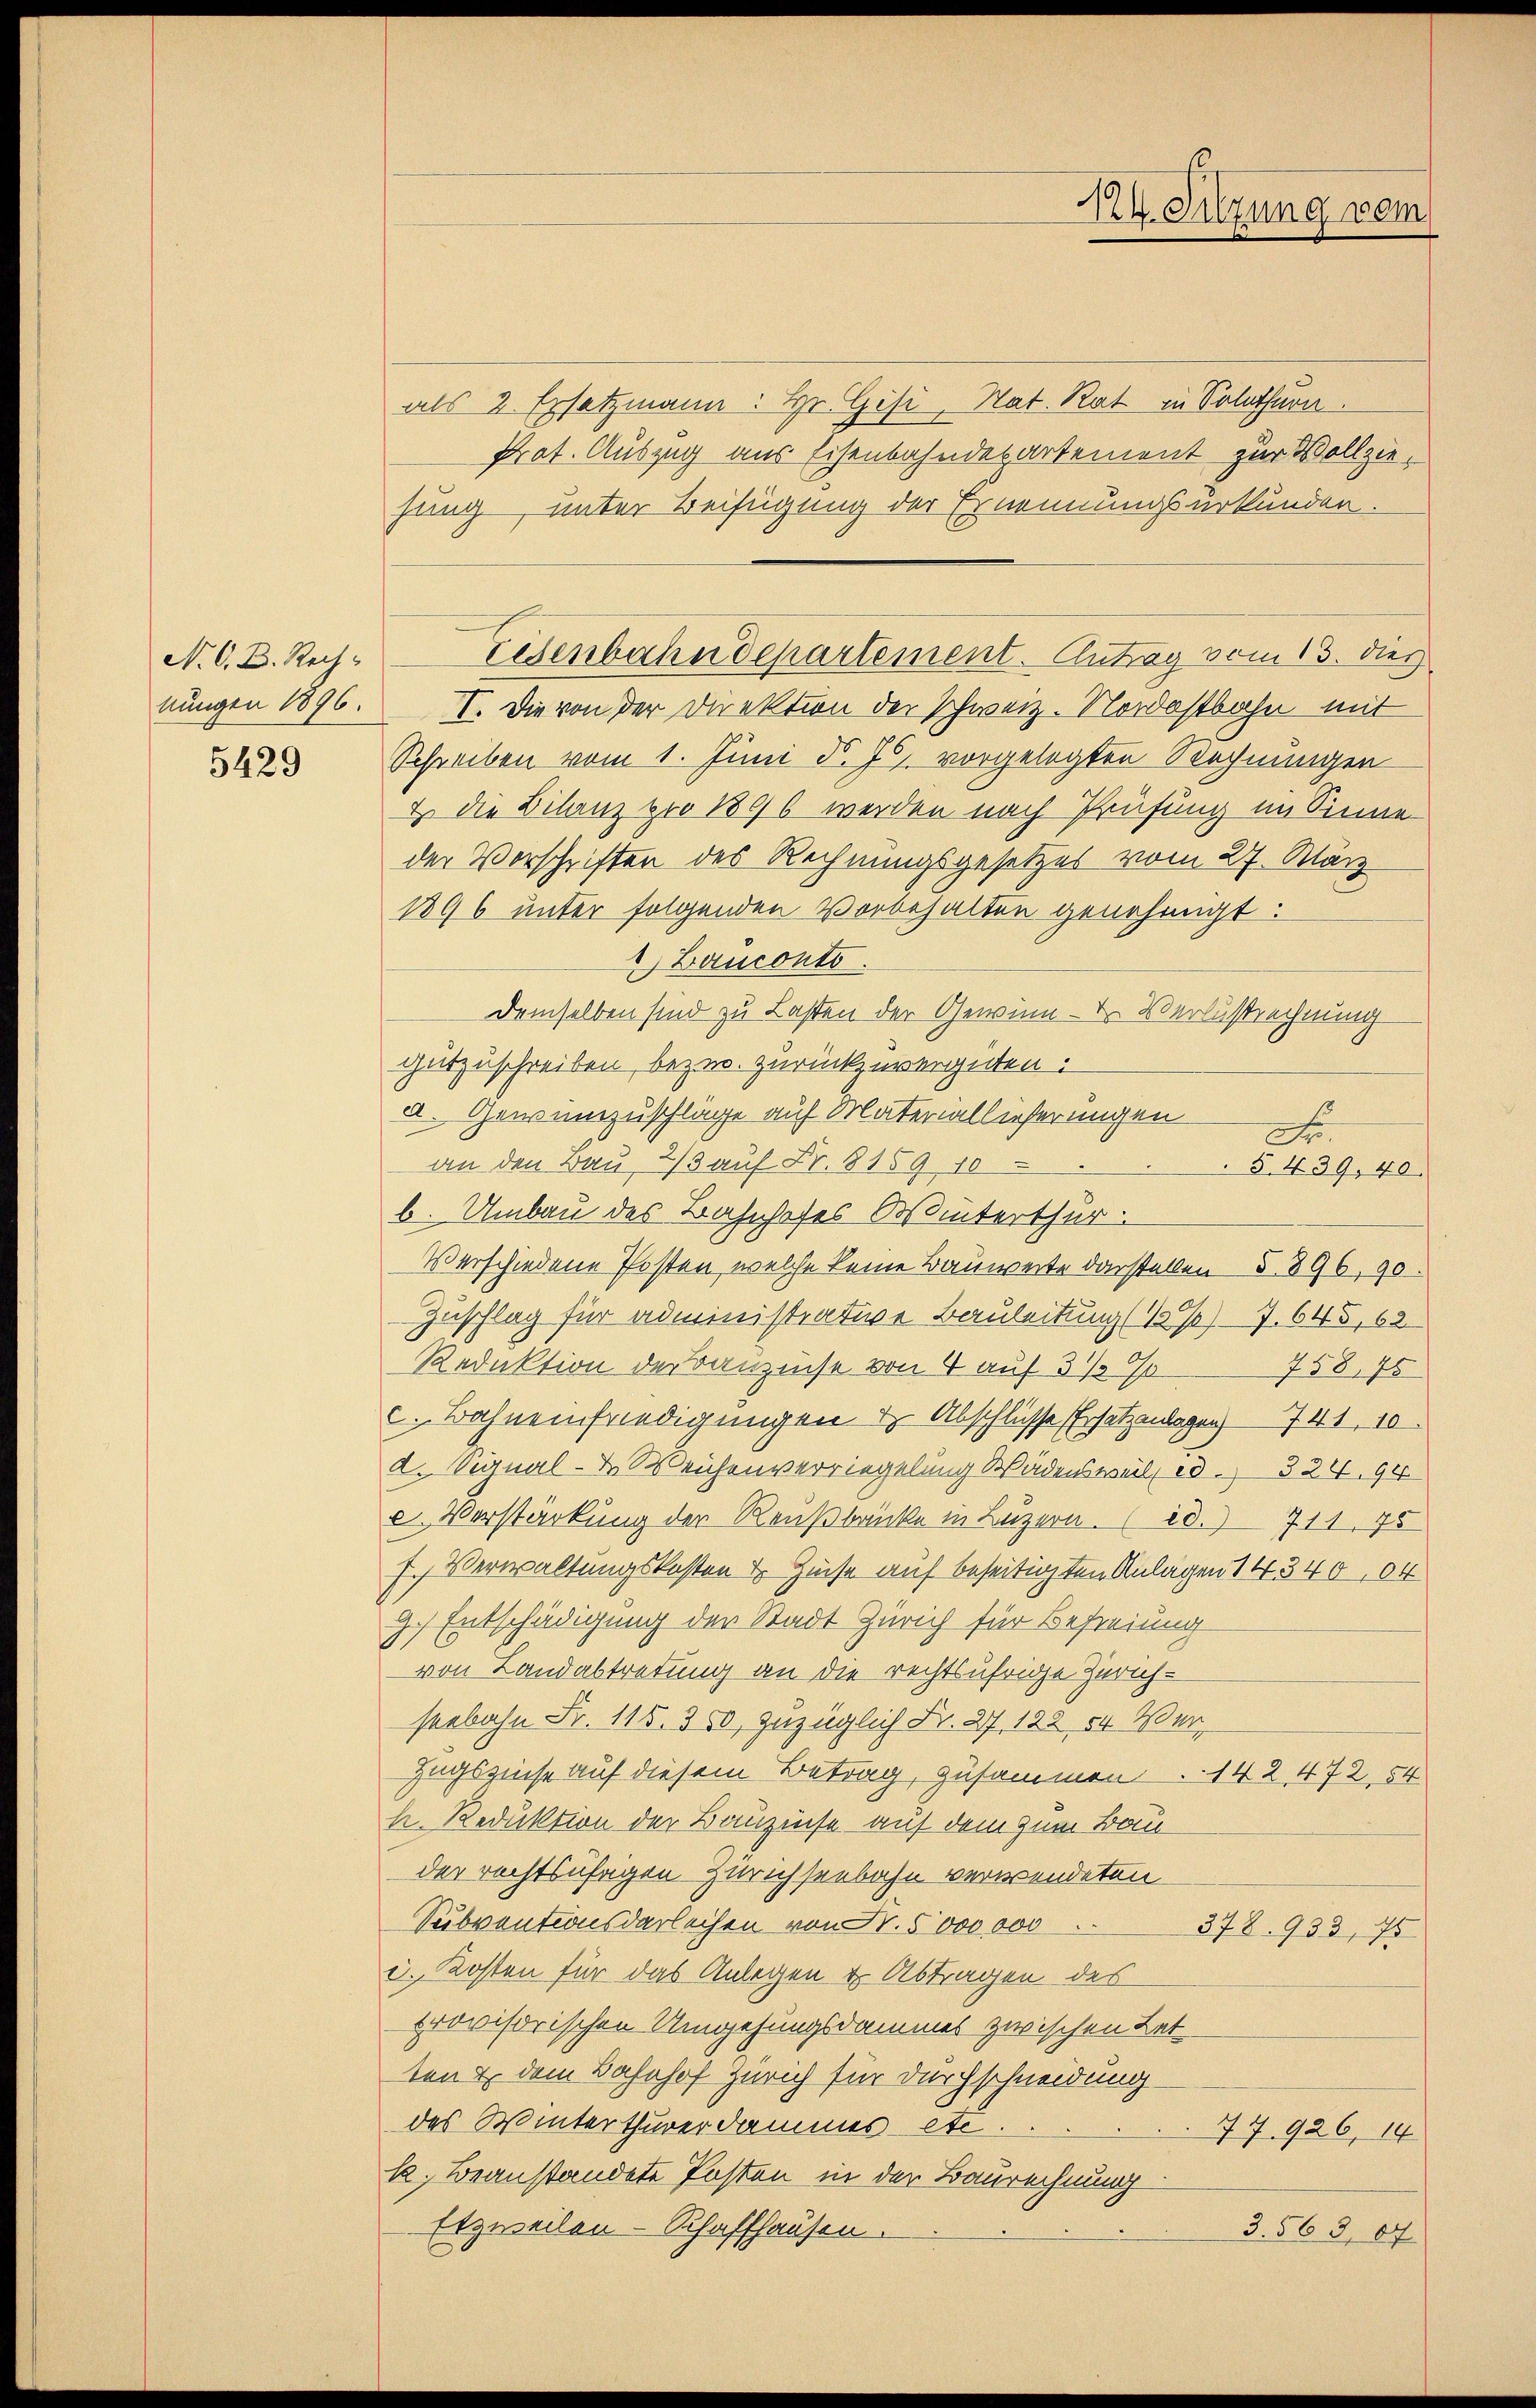
N. O. D. Rechnungen 1896.
5429

als 2 Ersatzmann: Hr. Gisi, Nat. Rat in Solothurn.
Praf. Auszug aus Eisenbahndepartement zur Vollziehung unter Beifügung der Ernennungsurkunden.
I. Die von der Direktion der Schweiz. Nordostbahn mit
Schreiben vom 1. Juni d. Js. vorgelegten Rechnungen
& die Bilanz pro 1896 werden nach Prüfung im Sinne
der Vorschriften des Rechnungsgesetzes vom 27. März
1896 unter folgenden Vorbehalten genehmigt:
1 Banconto.
demselben sind zu Lasten der Gewinn - Dr. Verlustrechnung
gutzuschreiben, bezw. zurückzuvergüten.
a. Gewinzuschläge auf Materiallieferungen
D
an den Bau 2/3 aŭf Fr. 8159 10
5. 439, 40.
b. Umbau des Bahnhofes Winterthur.
Verschiedene Posten, welche keine Bauweite darstellen §. 896, 90
Zuschlag für administrative Bauleitung (1//7. 645, 62
Reduktion der Bauzinse von 4 auf 3 1/2 %
758, 45
c. Bahnenfriedigungen u. Abschlüsse Ersatzenlagen 741, 10
d. Signal- & Weichenverriegelung Wädensweil d. 324, 94
c. Verstärkung der Reußbänke in Luzern. (28. 711 75
f. Verwaltungskosten & Zeise auf beseitigten Anlagen 1434004
G. Entschädigung der Stadt Zürich für Befreiung
von Landabtretung an die rechtsufrige Zürichseebahn Fr. 115. 350, zuzüglich Fr. 27. 122 84 Wer
Zugszinse auf diesem Betrag, zusammen... 142 472. 54
k. Reduktion der Bauzinse auf dem zum Bau
der rechtsufrigen Zürichseebahn verwendeten
Subventionsdarleihen von Fr. 5000 000
378. 933, 75
d. Kosten für das Anlegen & Abtragen des
provisorischen Umgehungsdammes zwischen Letten & dem Bahnhof Zürich für Durchschneidung.
des Winterthurerdammes etc.
47. 926, 14
k. Beanstandete Posten in der Baurechnung
Etzweilen-Schaffhausen.
3.563, 67

Eisenbahndepartement. Antrag vom 13. dies

XV. Sitzung vom